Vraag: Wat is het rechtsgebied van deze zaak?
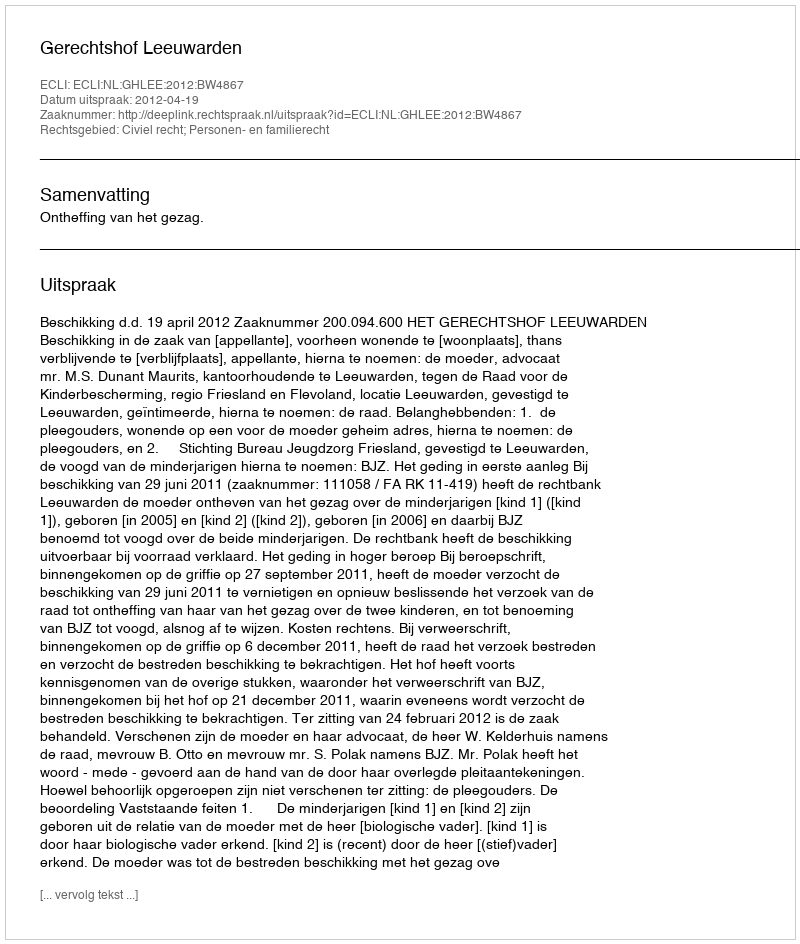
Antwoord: Civiel recht; Personen- en familierecht